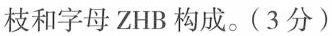
枝和字母ZHB构成。(3分)